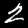
Digit: 2